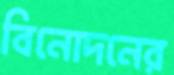
বিনোদনের